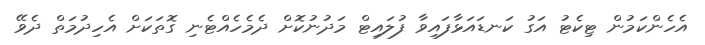
އެހެންކަމުން ޓިކެޓު އަގު ކަނޑައަޅާފައިވާ ފުލައިޓް މަދުނުކޮށް ދެމެހެއްޓެނި ގޮތަކަށް އެހިދުމަތް ދެވޭ